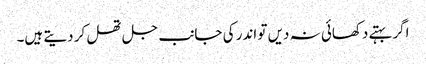
اگر بہتے دکھائی نہ دیں تو اندر کی جانب جل تھل کر دیتے ہیں۔